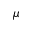
\mu